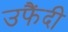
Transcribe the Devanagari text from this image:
उफैंदी